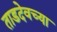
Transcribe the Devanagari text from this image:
ताडदेवच्या